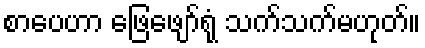
စာပေဟာ ဖြေဖျော်ရုံ သက်သက်မဟုတ်။